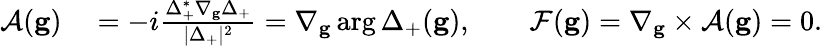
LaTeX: \begin{array}{rl}{\mathcal{A}(\mathbf{g})}&{{}=-i\frac{\Delta_{+}^{*}\nabla_{\mathbf{g}}\Delta_{+}}{|\Delta_{+}|^{2}}=\nabla_{\mathbf{g}}\arg\Delta_{+}(\mathbf{g}),\qquad\mathcal{F}(\mathbf{g})=\nabla_{\mathbf{g}}\times\mathcal{A}(\mathbf{g})=0.}\end{array}